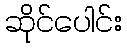
ဆိုင်ပေါင်း